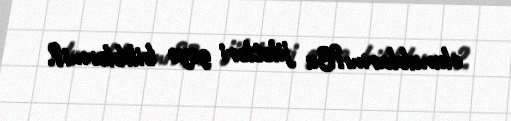
olunublarmı?Bu jiletləri geyə biliblərmi?.